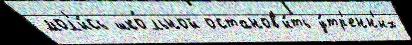
мол'и́сь шко́льной останов'и́ть у́тр'енн'их